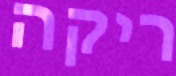
ריקה